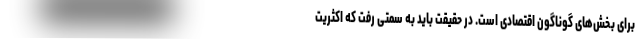
برای بخش‌های گوناگون اقتصادی است. در حقیقت باید به سمتی رفت که اکثریت